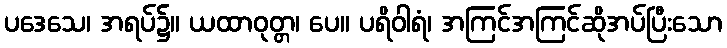
ပဒေသေ၊ အရပ်၌။ ယထာဝုတ္တ၊ ပေ။ ပရိဝါရံ၊ အကြင်အကြင်ဆိုအပ်ပြီးသော